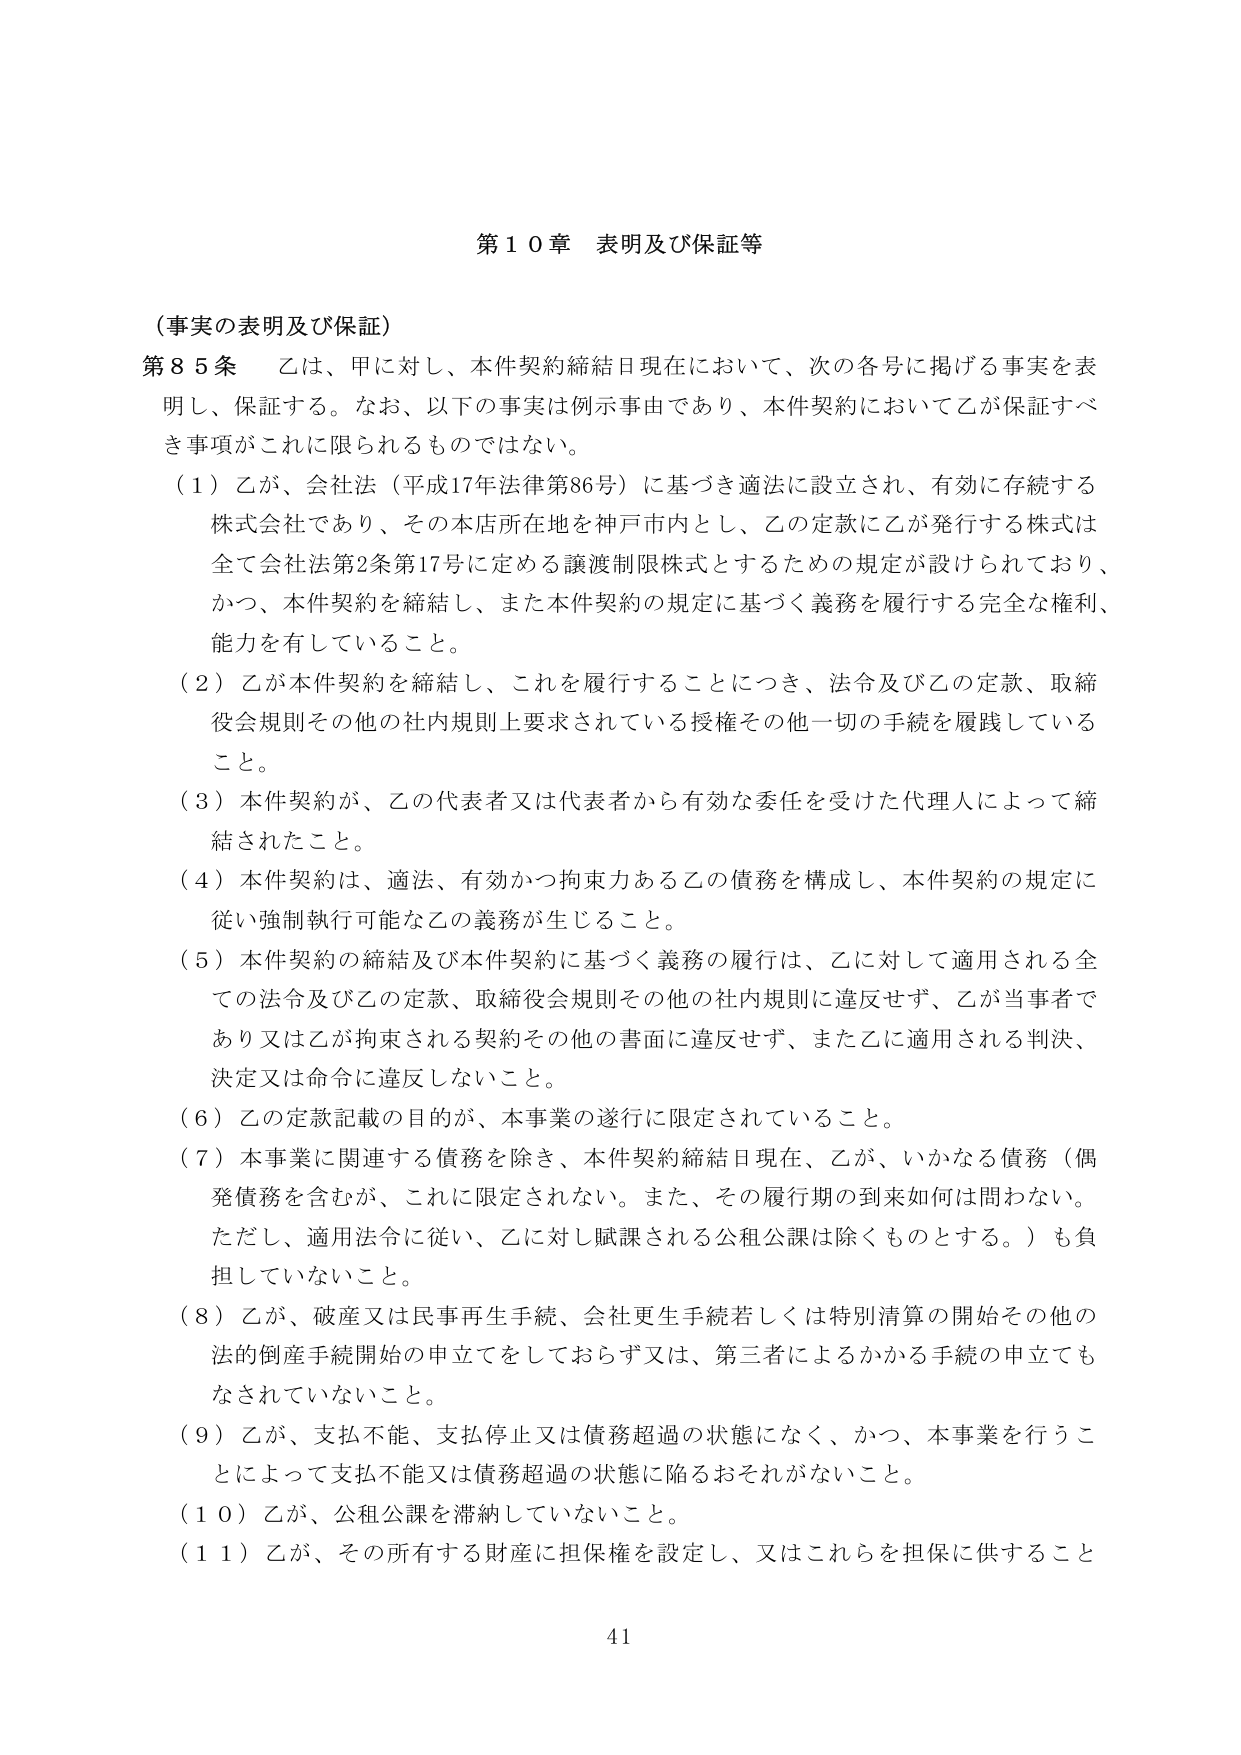
第１０章 表明及び保証等

（事実の表明及び保証）

第８５条 乙は、甲に対し、本件契約締結日現在において、次の各号に掲げる事実を表明し、保証する。なお、以下の事実は例示事由であり、本件契約において乙が保証すべき事項がこれに限られるものではない。

（１）乙が、会社法（平成17年法律第86号）に基づき適法に設立され、有効に存続する株式会社であり、その本店所在地を神戸市内とし、乙の定款に乙が発行する株式は全て会社法第2条第17号に定める譲渡制限株式とするための規定が設けられており、かつ、本件契約を締結し、また本件契約の規定に基づく義務を履行する完全な権利、能力を有していること。

（２）乙が本件契約を締結し、これを履行することにつき、法令及び乙の定款、取締役会規則その他の社内規則上要求されている授権その他一切の手続を履践していること。

（３）本件契約が、乙の代表者又は代表者から有効な委任を受けた代理人によって締結されたこと。

（４）本件契約は、適法、有効かつ拘束力ある乙の債務を構成し、本件契約の規定に従い強制執行可能な乙の義務が生じること。

（５）本件契約の締結及び本件契約に基づく義務の履行は、乙に対して適用される全ての法令及び乙の定款、取締役会規則その他の社内規則に違反せず、乙が当事者であり又は乙が拘束される契約その他の書面に違反せず、また乙に適用される判決、決定又は命令に違反しないこと。

（６）乙の定款記載の目的が、本事業の遂行に限定されていること。

（７）本事業に関連する債務を除き、本件契約締結日現在、乙が、いかなる債務（偶発債務を含むが、これに限定されない。また、その履行期の到来如何は問わない。ただし、適用法令に従い、乙に対し賦課される公租公課は除くものとする。）も負担していないこと。

（８）乙が、破産又は民事再生手続、会社更生手続若しくは特別清算の開始その他の法的倒産手続開始の申立てをしておらず又は、第三者によるかかる手続の申立てもなされていないこと。

（９）乙が、支払不能、支払停止又は債務超過の状態になく、かつ、本事業を行うことによって支払不能又は債務超過の状態に陥るおそれがないこと。

（１０）乙が、公租公課を滞納していないこと。

（１１）乙が、その所有する財産に担保権を設定し、又はこれらを担保に供すること

41